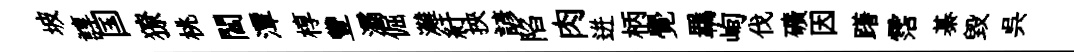
坡諄国獠桃閻潭椁豐灞倔灘紆挾諺陷肉迸柄覺羈峋伐礦因躇霑綦毁呉